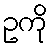
ဥကို